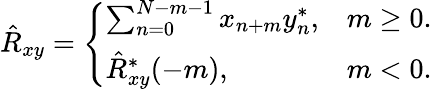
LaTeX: \hat{R}_{xy}=\left\{ \begin{array}{ll}{\sum_{n=0}^{N-m-1}x_{n+m}y_{n}^{*},}&{m\geq 0.}\\ {\hat{R}_{xy}^{*}(-m),}&{m<0.}\end{array}\right.